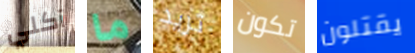
آكلي ما تريد تكون يقتلون